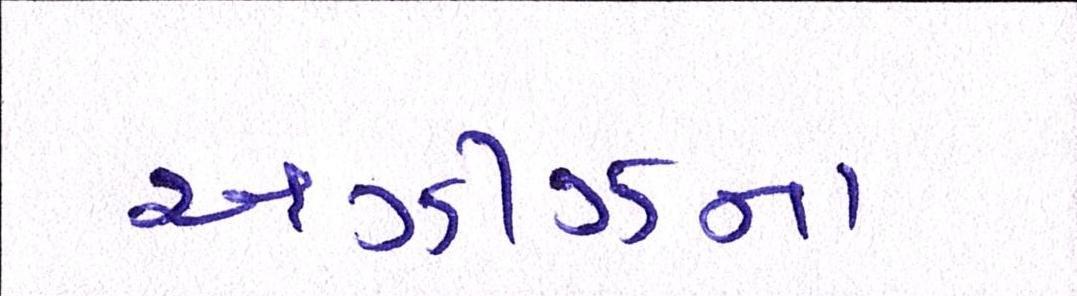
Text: અઝીઝના